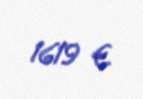
1619 €